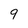
Character: 9